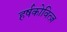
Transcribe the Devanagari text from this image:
हर्षकोवित्ज़